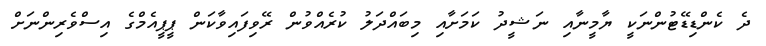
ދެ ކެންޑިޑޭޓުންނަކީ ޔާމީނާއި ނަޝީދު ކަމަށާއި މިބައްދަލު ކުރެއްވުން ރޭވިފައިވާކަން ޕީޕީއެމްގެ އިސްވެރިންނަށް